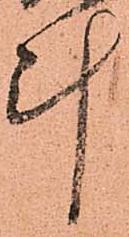
計